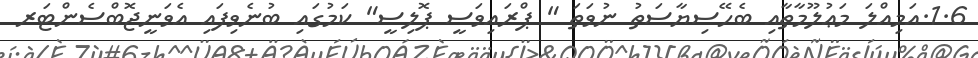
1.6.އަމިއްލަ މަޢުލޫމާތާއި ބެހޭސިޔާސަތު ނުވަތަ " ޕްރައިވަސީ ޕޮލިސީ" ކަމުގައި ބުނެވިފައި އެވަނީޖޮބްސެންޓަރ